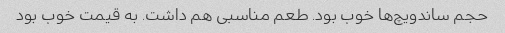
حجم ساندویچ‌ها خوب بود. طعم مناسبی هم داشت. به قیمت خوب بود